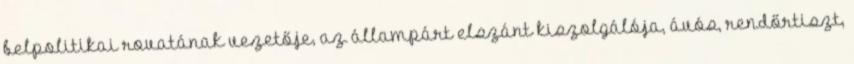
belpolitikai rovatának vezetője, az állampárt elszánt kiszolgálója, ávós, rendőrtiszt,